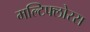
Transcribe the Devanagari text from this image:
मल्टिफ्लोरस